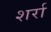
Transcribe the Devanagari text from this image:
शर्रा